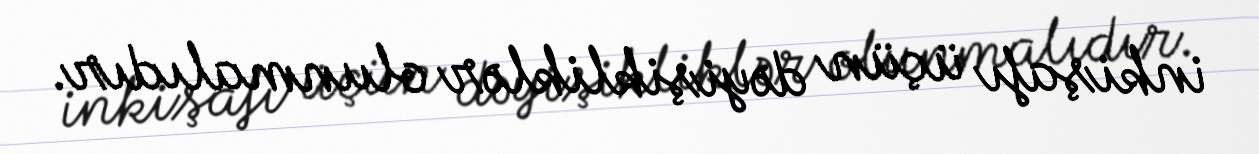
inkişafı üçün dəyişikliklər olunmalıdır.